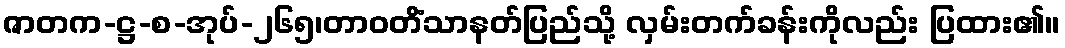
ဇာတက-ဋ္ဌ-စ-အုပ်-၂၆၅၊တာဝတိံသာနတ်ပြည်သို့ လှမ်းတက်ခန်းကိုလည်း ပြထား၏။